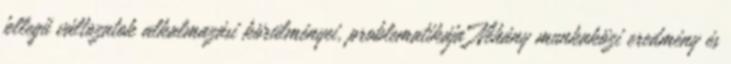
jellegű változatok alkalmazási körülményei, problematikája Néhány munkaközi eredmény és